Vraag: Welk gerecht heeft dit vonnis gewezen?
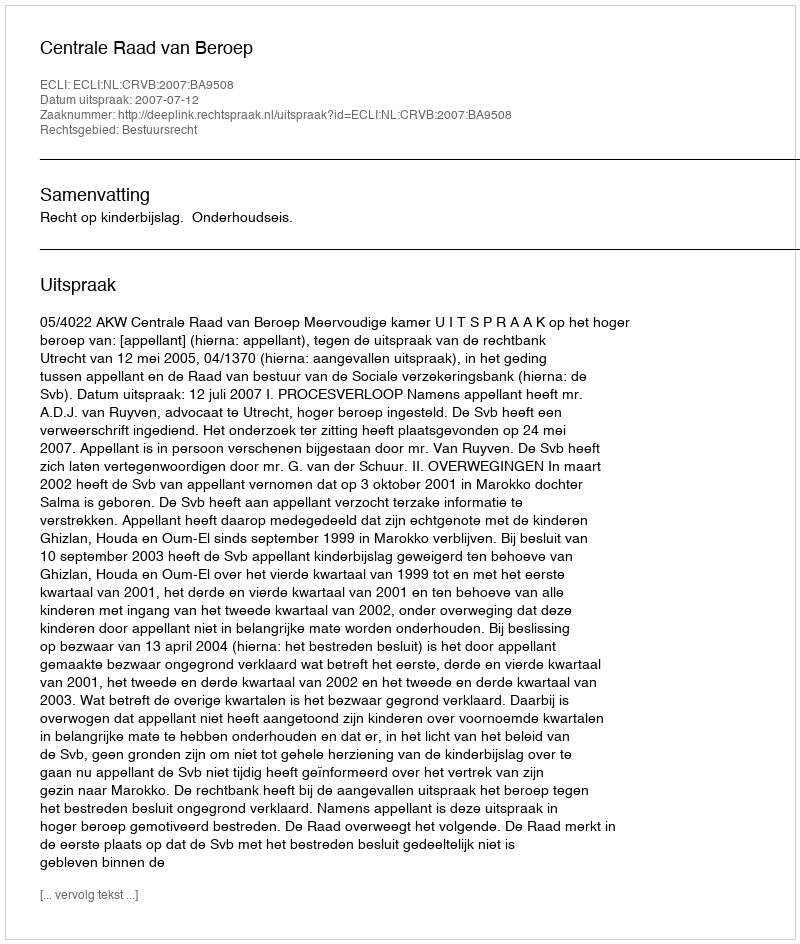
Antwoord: Centrale Raad van Beroep